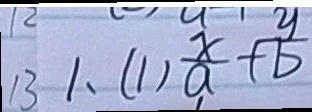
1 3 1 . ( 1 ) \frac { x } { a } + \frac { y } { b }